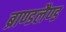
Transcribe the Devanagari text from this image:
ब्राण्डलैण्ड